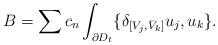
LaTeX: \begin{align*}B=\sum c_n\int_{\partial D_t}\{\delta_{[V_j,\bar V_k]}u_j, u_k\}.\end{align*}